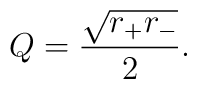
Q = {\sqrt{r_+ r_-}\over 2}.